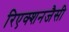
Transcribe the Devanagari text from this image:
रिएक्शनजैसी